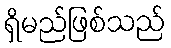
ရှိမည်ဖြစ်သည်